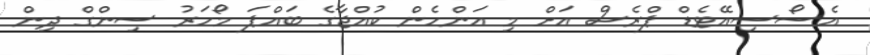
އެސޯސިއޭޓެޑް ޕްރެސް އަށް މި އަންހެން ކުއްޖާގެ ބައްޕަ މޯހަރު ސިންގް ދިން